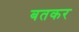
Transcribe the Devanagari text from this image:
बतकर